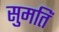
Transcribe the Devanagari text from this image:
सुमतिं